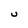
Character: U